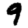
Digit: 9